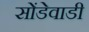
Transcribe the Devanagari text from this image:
सोंडेवाडी